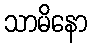
သာမိနော